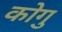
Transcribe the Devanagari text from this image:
कोगु